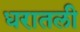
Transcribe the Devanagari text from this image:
धरातली